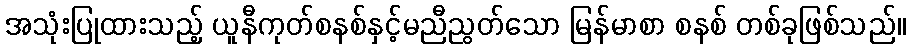
အသုံးပြုထားသည့် ယူနီကုတ်စနစ်နှင့်မညီညွတ်သော မြန်မာစာ စနစ် တစ်ခုဖြစ်သည်။